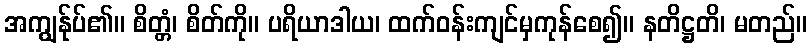
အကျွန်ုပ်၏။ စိတ္တံ၊ စိတ်ကို။ ပရိယာဒါယ၊ ထက်ဝန်းကျင်မှကုန်စေ၍။ နတိဋ္ဌတိ၊ မတည်။